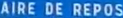
AIREDEREPOS